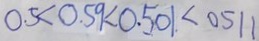
0 . 5 < 0 . 5 9 < 0 . 5 0 1 < 0 . 5 1 1